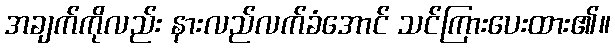
အချက်ကိုလည်း နားလည်လက်ခံအောင် သင်ကြားပေးထား၏။